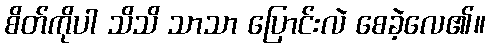
စိတ်ကိုပါ သိသိ သာသာ ပြောင်းလဲ စေခဲ့လေ၏။